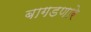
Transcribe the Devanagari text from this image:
बागडणारे